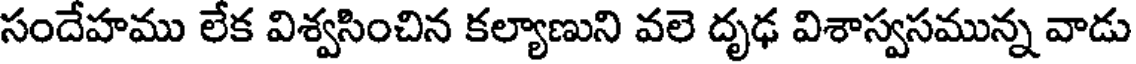
సందేహము లేక విశ్వసించిన కల్యాణుని వలె దృఢ విశాస్వసమున్న వాడు